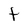
Character: t